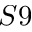
S 9